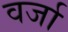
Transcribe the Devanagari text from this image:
वर्जा